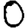
Digit: 0